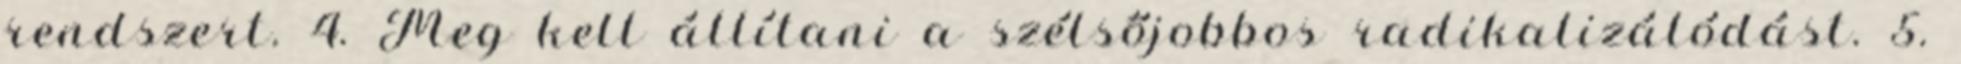
rendszert. 4. Meg kell állítani a szélsőjobbos radikalizálódást. 5.